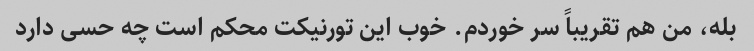
بله، من هم تقریباً سر خوردم. خوب این تورنیکت محکم است چه حسی دارد